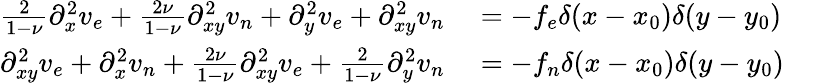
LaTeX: \begin{array}{rlr}{\frac{2}{1-\nu}\partial_{x}^{2}v_{e}+\frac{2\nu}{1-\nu}\partial_{xy}^{2}v_{n}+\partial_{y}^{2}v_{e}+\partial_{xy}^{2}v_{n}}&{{}=-f_{e}\delta(x-x_{0})\delta(y-y_{0})}&{}\\ {\partial_{xy}^{2}v_{e}+\partial_{x}^{2}v_{n}+\frac{2\nu}{1-\nu}\partial_{xy}^{2}v_{e}+\frac{2}{1-\nu}\partial_{y}^{2}v_{n}}&{{}=-f_{n}\delta(x-x_{0})\delta(y-y_{0})}&{}\end{array}